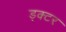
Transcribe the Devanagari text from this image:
ड्क्टर